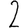
Digit: 2